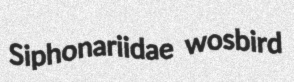
Siphonariidae wosbird